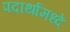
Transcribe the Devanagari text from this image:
पदार्थामध्दे